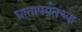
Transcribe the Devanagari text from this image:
घातापर्यंतच्या